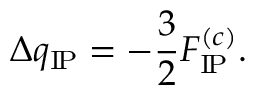
\Delta q _ { \mathrm { I \! P } } = - \frac { 3 } { 2 } { F } _ { \mathrm { I \! P } } ^ { ( c ) } .